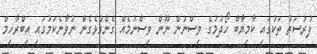
ފުރުސަތު ތަކުގައި ކާމިޔާބް ހޯދުމުގެ ވިސްނުން ނޫން ވިސްނުމެއް ގެންގުޅެގެން ނުވާނެކަމުގައި އިބްރާހިމް